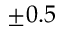
\pm 0 . 5